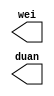
module displaytest(wei,duan);
output wei;
output duan;

endmodule